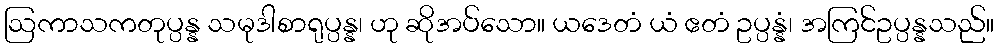
ဩကာသကတုပ္ပန္န သမုဒါစာရုပ္ပန္န၊ ဟု ဆိုအပ်သော။ ယဒေတံ ယံ ဧတံ ဥပ္ပန္နံ၊ အကြင်ဥပ္ပန္နသည်။